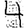
Digit: 4